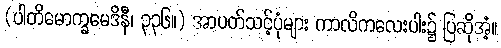
(ပါတိမောက္ခမေဒိနီ၊ ၃၃၆။) အာပတ်သင့်ပုံများ ကာလိကလေးပါး၌ ပြဆိုအံ့။